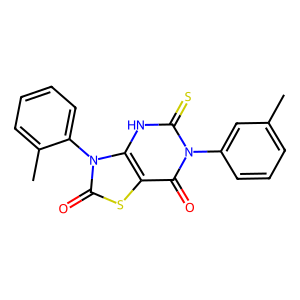
SMILES: Cc1cccc(-n2c(=S)[nH]c3c(sc(=O)n3-c3ccccc3C)c2=O)c1
Inhibits HIV replication: No